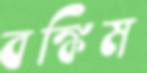
বঙ্কিম